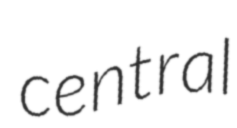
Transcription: central